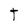
Character: t